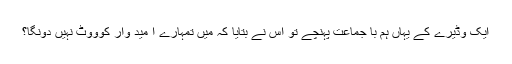
ایک وڈیرے کے یہاں ہم با جماعت پہنچے تو اس نے بتایا کہ میں تمہارے ا مید وار کوووٹ نہیں دونگا؟